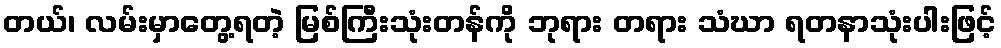
တယ်၊ လမ်းမှာတွေ့ရတဲ့ မြစ်ကြီးသုံးတန်ကို ဘုရား တရား သံဃာ ရတနာသုံးပါးဖြင့်